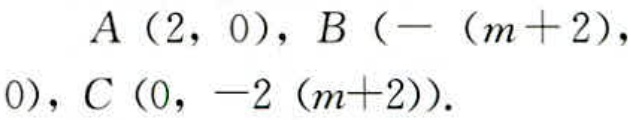
$A（2，0），B（-（m + 2）,0），C（0，-2（m + 2））.$